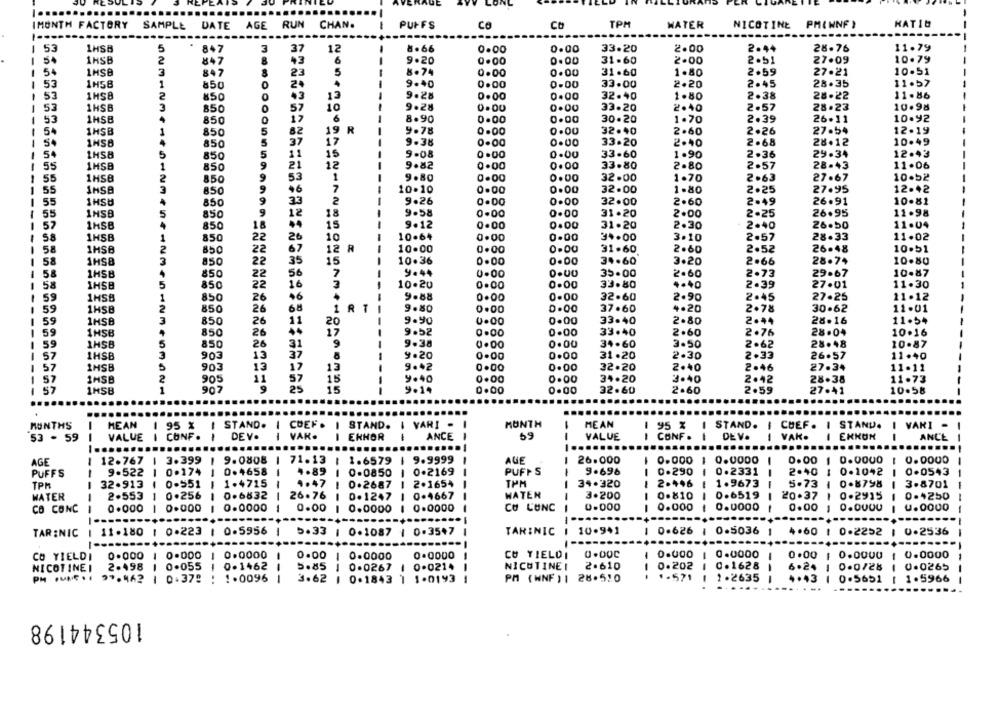
IMONTH FACTORY
SAMPLE DATE AGE RUN
CHAN.
-
PUFFS
CO
CO
TPM
WATER
NICOTINE
PM( WNF }
HATIG
-----
1 53
1HSB
5
847
3
37
12
-
8.66
0.00
0.00
33.20
2.00
2.44
28.76
11.79
1 54
1HSB
2
847
8
43
6
9.20
0.00
0.00
31.60
2.00
2.51
27.09
10.79
54
1HSB
3
23
5
8.74
0.00
31.60
1.80
2.59
27.21
10.51
847
0.00
1
53
1H58
1
850
O
9.40
0 .00
0-00
33.00
2.20
2.45
28.35
11.57
53
1HS8
2
850
43
13
9.28
0.00
0.00
32.40
1.80
2.38
28.22
11.86
-
53
1HSB
850
0
57
10
9.28
0.00
0.00
33.20
2.40
2.57
28.23
10.98
53
1H5B
850
12
6
8.90
0.00
0.00
30.20
1.70
2.39
26.11
10.92
1HSB
82
19 R
9.78
0.00
0.00
32.40
2.60
27.54
12.19
54
1
850
5
2.26
-
1HSB
850
5
37
9.38
0.00
0.00
33.20
2.40
2.68
28.12
10.49
-
1HS8
5
850
5
11
15
9-08
0.00
0.00
33.60
1.90
2.36
29.34
12.43
-
55
1HSB
1
850
9
21
12
9.82
0.00
0.00
33.80
2.80
2.57
28-43
11.06
55
1HSB
2
850
9
53
1
9.80
0.00
0.00
32.00
1.70
2.63
27.67
10-52
7
55
850
9
+6
10.10
0.00
32.00
1.80
2.25
27.95
12.42
55
1HSU
850
33
2
9.26
O
32.00
2.60
2.49
26.91
10.81
55
INSB
5
850
9
12
18
9.58
0.00
0
31.20
2.00
2.25
26.95
11.98
52
1HSB
850
18
15
9.12
0.00
0.00
31.20
2.30
2.40
26.50
11.04
1
1H5B
1
850
22
10
10.64
0.00
0.00
34.00
3.10
2.57
28.33
11.02
26
58
1HSB
2
850
22
67
12 R
10.00
0.00
0.00
31.60
2.60
2.52
26.48
10.51
58
1HS8
3
850
22
35
15
10.36
0.00
0.00
34.60
3.20
2.66
28.74
10.80
1
58
1HSB
850
56
9.44
0.00
35.00
2.60
2.73
29.67
10-87
22
58
IHSB
5
850
22
16
3
10.20
0.00
0.00
33.80
4.40
2.39
27.01
11.30
59
1HSB
1
850
26
+6
--
9.88
0.00
0.00
32.60
2.90
2.45
27.25
11.12
59
1HSB
2
850
26
68
9.80
0.00
0.00
37.60
4.20
2.78
30.62
11.01
59
1HSB
3
850
26
11
9.90
0.00
33.40
2.80
2.44
28.16
11.54
59
20
33.40
1HSB
850
26
17
9.52
0.00
0.00
2.60
2.76
28.04
10.16
59
1HSB
5
850
20
31
9
9.38
0.00
0.00
34.60
3.50
2.62
28.48
10.87
57
IHSB
3
903
13
37
9.20
0.00
0.00
31.20
2.30
2.33
26.57
11.40
57
1HSB
903
13
13
9.42
0.00
0.00
32.20
2.40
2.46
27.34
11.11
17
1
57
1HSB
2
905
11
57
15
9.40
0.00
0.00
34.20
3.40
2.42
28.38
11.73
57
1
907
25
15
10.58
1HSB
9.14
0.00
32.60
2.60
2.59
27.41
MONTHS
MEAN
1 95 %
I STAND.
I COEF. I
STAND.
I VARI
MONTH
MEAN
95 %
STAND.
CHEF. I STAND.
VARI -
53 - 59
VALUE
CONF .
DEV.
VAR.
ENHOR
ANCE
-
59
--
VALUE
-
CONF .
-
DE V.
VAK.
ANCE
--
....
AGE
1 12.767
3.399
9.0808
71.13
1.6579
1 9.9999
AGE
26.000
0.000 1
0.00
0.0000
0.0000
PUFFS
9.522
1 0.174
--
0.4658
--
4.89
--
0-0850
1
0.2169
--
PUFFS
9.696
0.290
0.2331
2.40
0.1042
0.0543
--
TPM
32.913
0.551
1.4715
4.47
0.2687
2.1654
TPM
---
34.320
--
2.446
1.9673
---
5.73
0.8798
3.8701
WATER
2.553
-
0.256
0.6832
--
26.76
0.1247
---
0.4667
WATER
3.200
0.810
0.6519
20.37
0.2915
0-4250
--
-
CO CONC
0.000
0.000
0.0000
0.00
0.0000
0.0000
CO CONC
0.000
--
0.000
0.0000
0.00
U.0000
-
1 11.180 1 0.223 | 0.5956
-
TARINIC
10.941
0.626
0.5036
4.60 1 0.2252
1 0.2536
TAR :NIC
5.33 | 0.1087 | 0.3547
0.000
0.000
0.0000
1 0.0000
0.0000
CO YIELDI
0.000
1 0.0000
0.00
0.0000
0 .0000
--
CU TIELOI
0.00C
-
0.00
NICOTINE I
2.498
0.055
0-1462
5.85
0-0267
1 0.0214
NICOTINEI
2.610
- -
0.202
C.1628
-
6.24 1
0-0728
0.0265
97.462
1 0.37!
: 1.0096
--
3.62
0.1843 1 1.0193
PM (WNF ) 1 28.510
.- 571
1.2635
4.43
0.5651
1.5966
....
.......
105344198